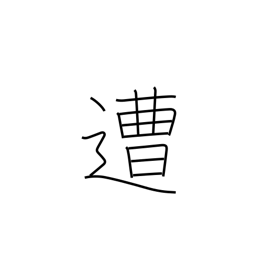
Meaning: encounter